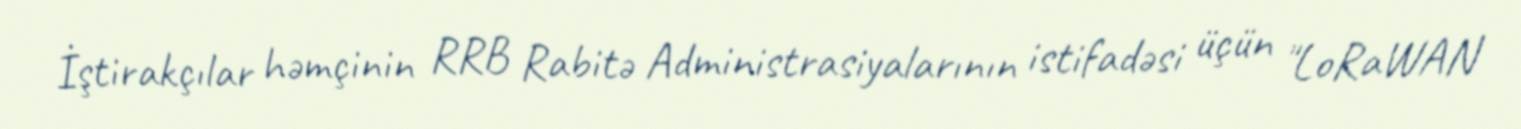
İştirakçılar həmçinin RRB Rabitə Administrasiyalarının istifadəsi üçün "LoRaWAN